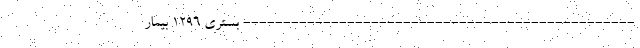
------------------------------------------------- بستری ۱۲۹۶ بیمار